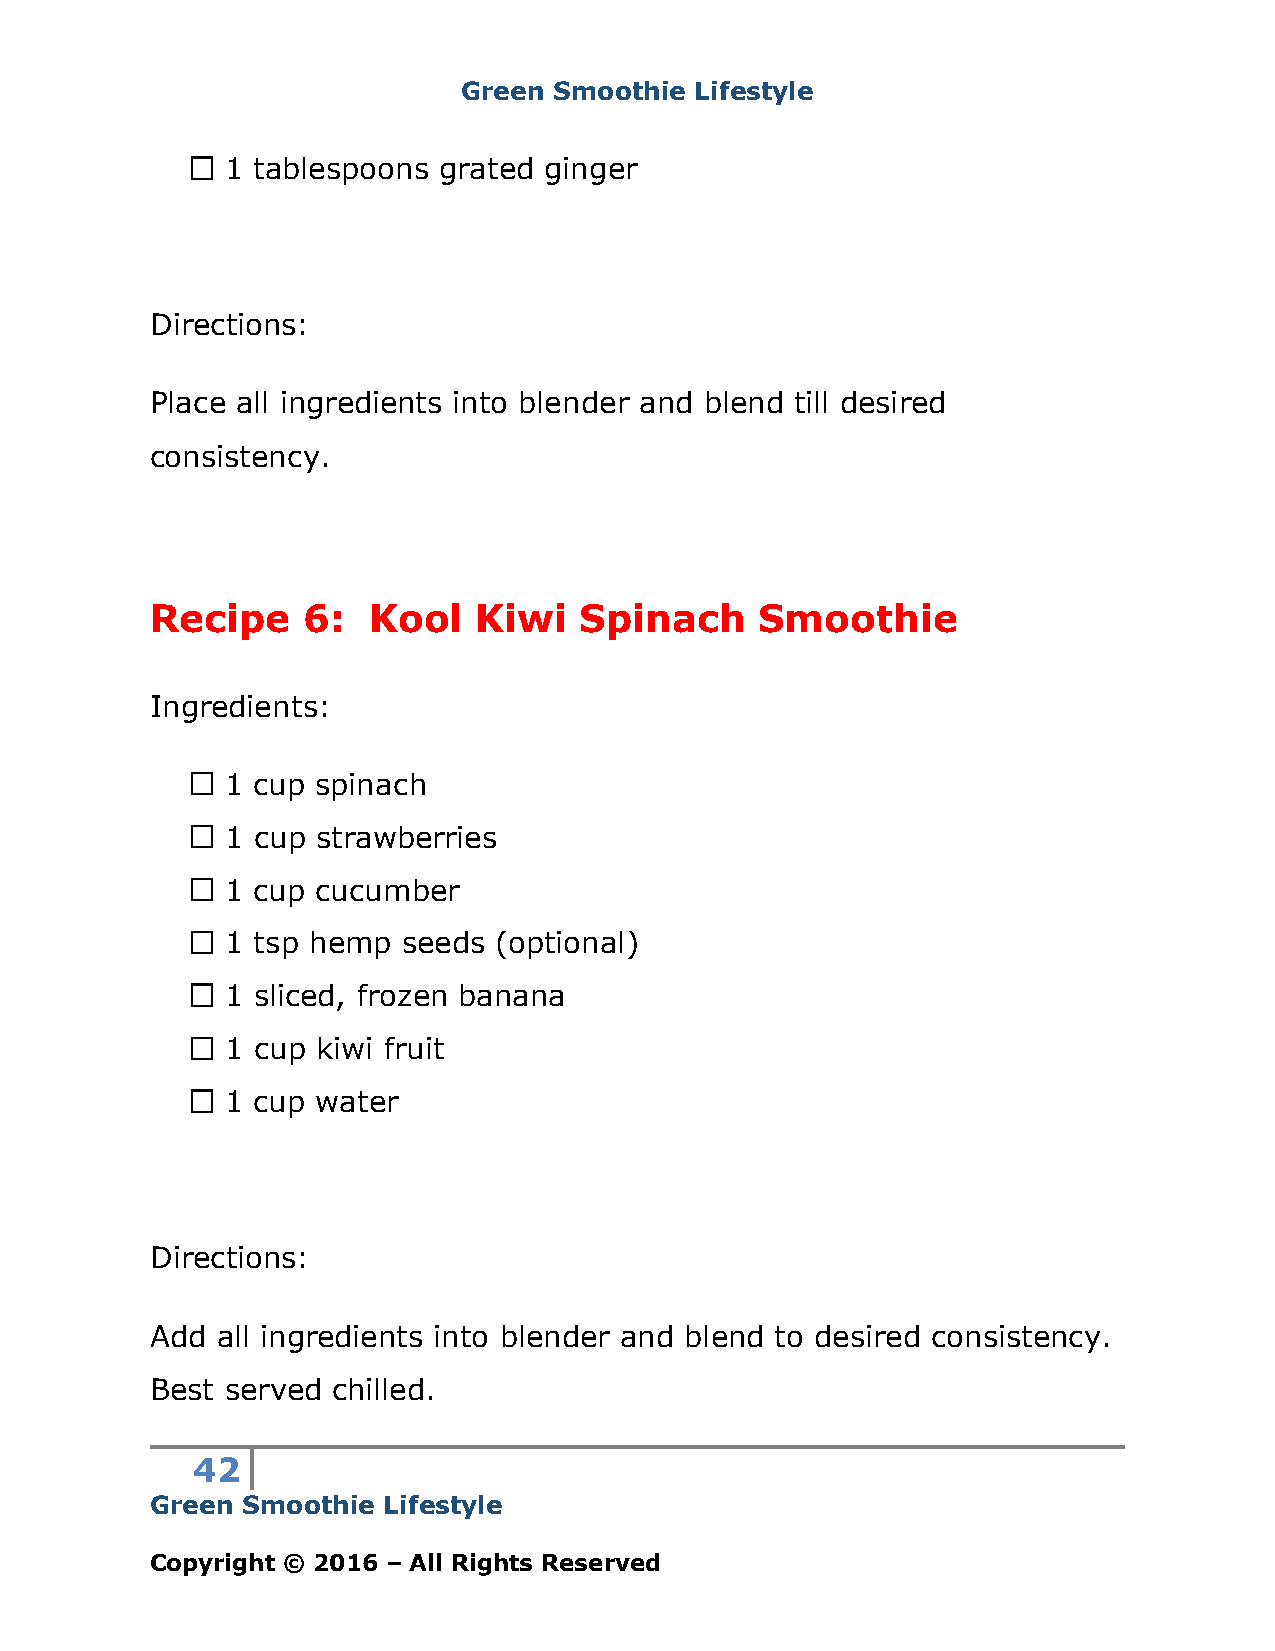
Green Smoothie Lifestyle
 1 tablespoons grated ginger
 Directions:
 Place all ingredients into blender and blend till desired
 consistency.
 Recipe    6:  Kool    Kiwi  Spinach     Smoothie
 Ingredients:
 1 cup spinach
 1 cup strawberries
 1 cup cucumber
 1 tsp hemp  seeds (optional)
 1 sliced, frozen banana
 1 cup kiwi fruit
 1 cup water
 Directions:
 Add all ingredients into blender and blend to desired consistency.
 Best served chilled.
 42
 Green Smoothie Lifestyle
 Copyright © 2016 – All Rights Reserved